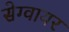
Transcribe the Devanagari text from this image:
सेग्वायर